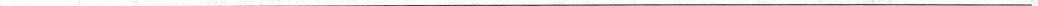
___